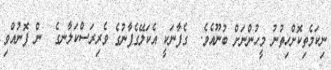
ނިކަމެތިކޮށްހިތުނު މީހުންނަށް ބުނޫއެވެ.  ގެފާނަކީ އެކަލޭގެފާނުގެ ވެރިރަސްކަލާނގެ  ން ފޮނުއްވި